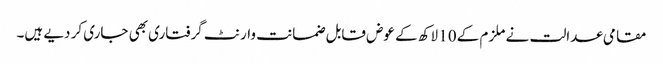
مقامی عدالت نے ملزم کے 10 لاکھ کے عوض قابل ضمانت وارنٹ گرفتاری بھی جاری کر دیے ہیں۔